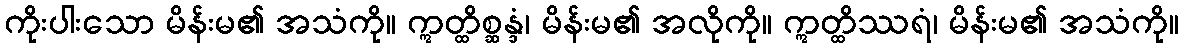
ကိုးပါးသော မိန်းမ၏ အသံကို။ ဣတ္ထိစ္ဆန္ဒံ၊ မိန်းမ၏ အလိုကို။ ဣတ္ထိဿရံ၊ မိန်းမ၏ အသံကို။